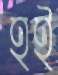
হই